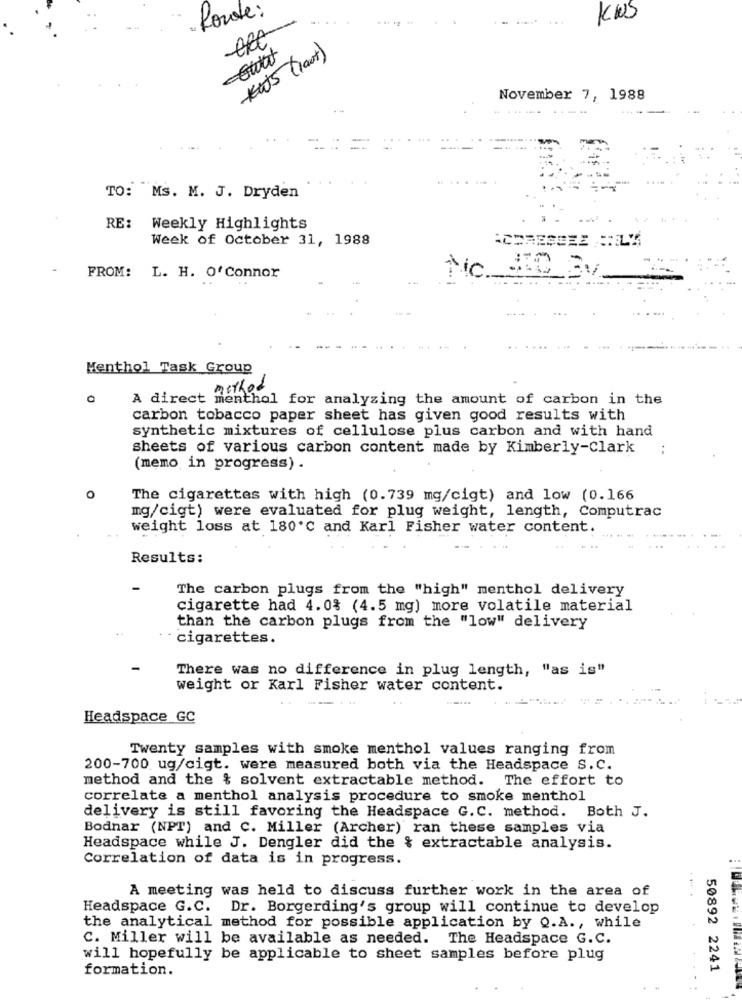
Route:
...
KUS
##5 (laut)
November 7, 1988
----- ----
TO: Ms. M. J. Dryden
RE: Weekly Highlights
Week of October 31, 1988
ACDRESSEE L4
FROM: L. H. O'Connor
Menthol Task Group
method
A direct menthol for analyzing the amount of carbon in the
carbon tobacco paper sheet has given good results with
synthetic mixtures of cellulose plus carbon and with hand
sheets of various carbon content made by Kimberly-Clark
(memo in progress) .
0
The cigarettes with high (0.739 mg/cigt) and low (0.166
mg/cigt) were evaluated for plug weight, length, Computrac
weight loss at 180 ℃ and Karl Fisher water content.
Results:
The carbon plugs from the "high" menthol delivery
cigarette had 4.0% (4.5 mg) more volatile material
than the carbon plugs from the "low" delivery
cigarettes.
There was no difference in plug length, "as is"
weight or Karl Fisher water content.
-...
Headspace GC
Twenty samples with smoke menthol values ranging from
200-700 ug/cigt. were measured both via the Headspace S.C.
method and the & solvent extractable method. The effort to
correlate a menthol analysis procedure to smoke menthol
delivery is still favoring the Headspace G.C. method. Both J.
Bodnar (NPT) and C. Miller (Archer) ran these samples via
Headspace while J. Dengler did the & extractable analysis.
Correlation of data is in progress.
A meeting was held to discuss further work in the area of
Headspace G.C. Dr. Borgerding's group will continue to develop
the analytical method for possible application by Q.A ., while
C. Miller will be available as needed. The Headspace G.C.
will hopefully be applicable to sheet samples before plug
formation.
50892 2241